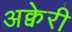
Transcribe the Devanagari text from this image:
अक्वेरी